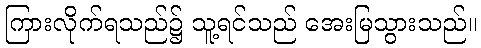
ကြားလိုက်ရသည်၌ သူ့ရင်သည် အေးမြသွားသည်။